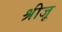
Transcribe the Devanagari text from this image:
श्रीजू